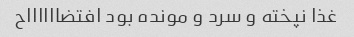
غذا نپخته و سرد و مونده بود افتضااااااح